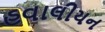
હવાલીયન